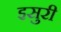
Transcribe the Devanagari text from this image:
इसुरी